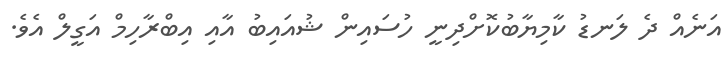
އަނެއް ދެ ލަނޑު ކާމިޔާބުކޮށްދިނީ ހުސައިން ޝުއައިބު އާއި އިބްރާހިމް އަގީލް އެވެ.